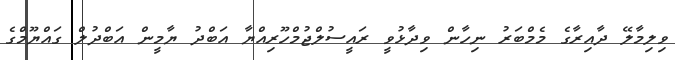
ވިލިމާލޭ ދާއިރާގެ މެމްބަރު ނިހާން ވިދާޅުވީ ރައީސުލްޖުމްހޫރިއްޔާ އަބްދު ޔާމީން އަބްދުލް ގައްޔޫމްގެ